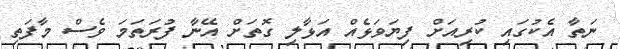
ނަތާ އެކުގައި ކުރިއަށް ފިޔަވަޅެއް އަޅާލި ގޮތަށް އޭނާ ފުރަތަމަ ވެސް މާފަތި